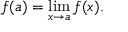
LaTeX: f ( a ) = \operatorname* { l i m } _ { x \rightarrow a } f ( x ) .